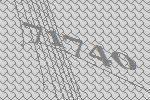
71740